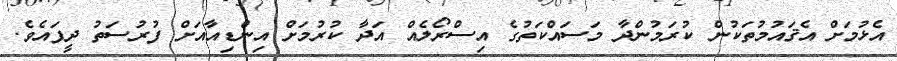
އެޅުމަށް އެޤައުމުތަކުން ކުރަމުންދާ މަސައްކަތުގެ އިސްރޯލެއް އަދާ ކުރުމަށް އިންޑިއާއަށް ފުރުސަތު ދީފައެވެ.